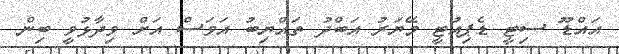
އައްޑޫ ސިޓީ ޑެޕިއުޓީ މޭޔަރު އަބްދު ތައްޔިބު އަވަސް އަށް ވިދާޅުވީ ބިން